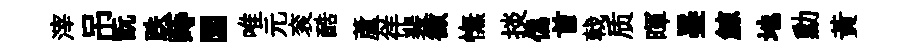
滓吊翫跌蒔圜唯元衮酷蘆徉裴徵憮掞僞首戟质暉墨鯨地勳黃